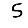
Digit: 5